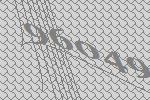
96049